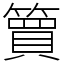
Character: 簤